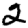
Digit: 2